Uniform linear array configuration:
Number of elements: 48
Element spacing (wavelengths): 0.25
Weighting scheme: binomial
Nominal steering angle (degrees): -15
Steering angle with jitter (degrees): -13.404
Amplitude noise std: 0.05
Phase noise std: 0.05

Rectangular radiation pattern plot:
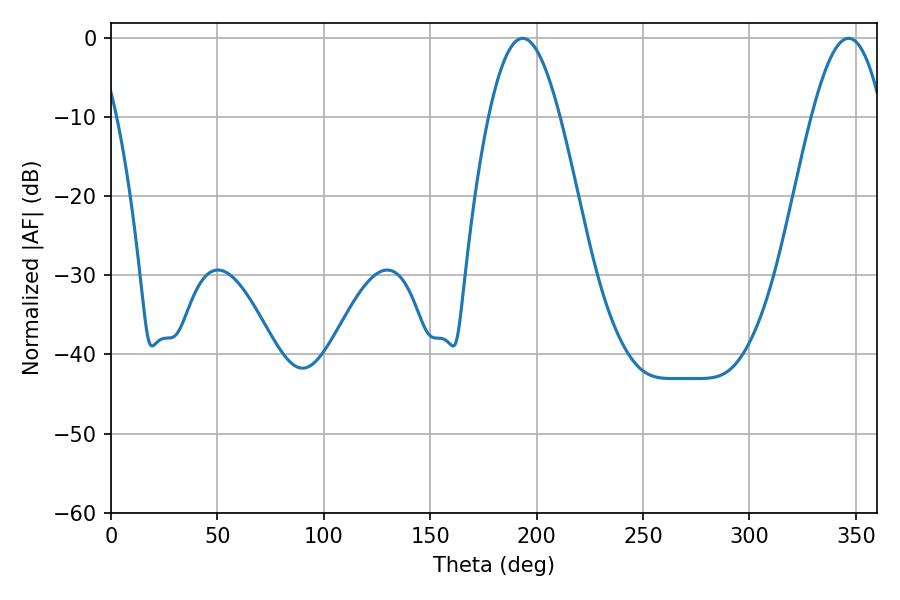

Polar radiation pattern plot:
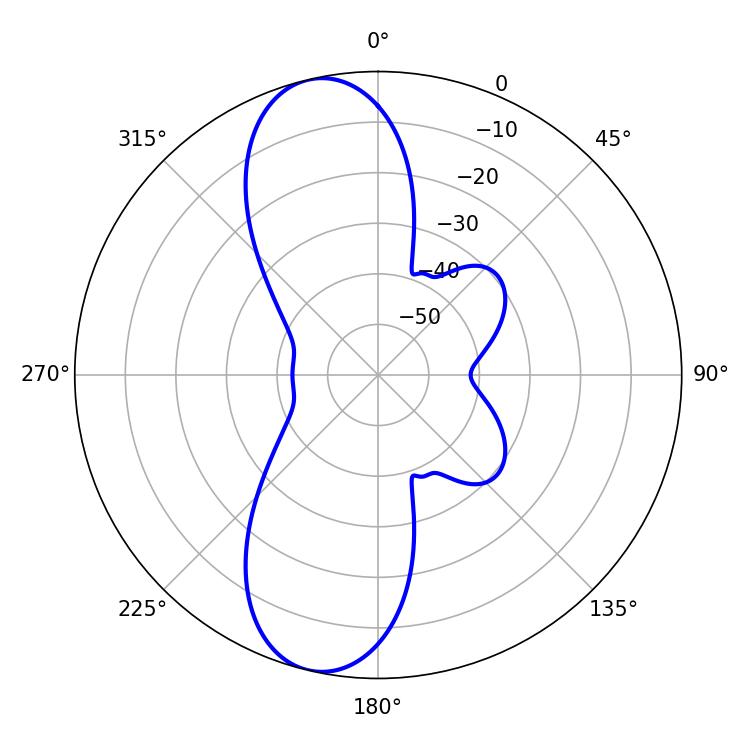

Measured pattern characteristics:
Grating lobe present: FALSE
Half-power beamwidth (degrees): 18.18
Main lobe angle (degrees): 193.5